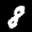
Label: 8